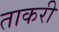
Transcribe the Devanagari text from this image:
ताकरी